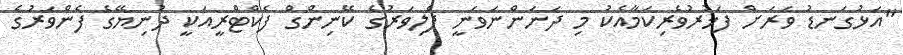
"އަޅުގަނޑު ވަރަށް ފަޚުރުވެރިކަމާއެކު މި ދަނަންނަވަނީ ފެލިވަރުގެ ކޭނިންގް ފެކްޓްރީއަކީ ދުނިޔޭގެ ފެންވަރުގެ